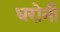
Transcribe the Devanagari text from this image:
धरोनी